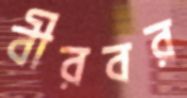
বীরবর